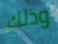
وذلك